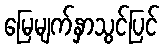
မြေမျက်နှာသွင်ပြင်